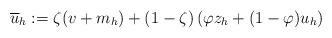
LaTeX: \begin{align*}\overline{u}_h := \zeta(v+m_h) + (1-\zeta) \left( \varphi z_h + (1-\varphi) u_h \right)\end{align*}